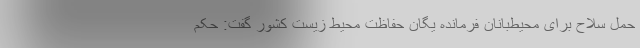
حمل سلاح برای محیط‌بانان فرمانده یگان حفاظت محیط زیست کشور گفت: حکم